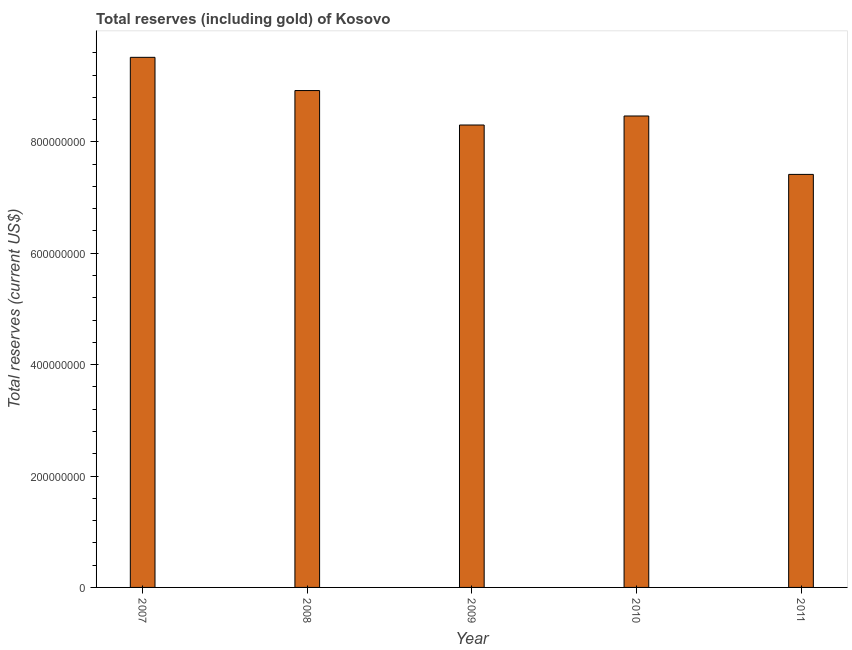
| Year | Total reserves (includes gold |
 | --- | --- |
 | 2007 | 9.52e+08 |
 | 2008 | 8.92e+08 |
 | 2009 | 8.3e+08 |
 | 2010 | 8.46e+08 |
 | 2011 | 7.42e+08 |